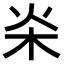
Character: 𣏦